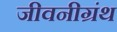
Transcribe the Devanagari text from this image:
जीवनीग्रंथ